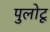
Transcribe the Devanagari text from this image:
पुलोटू